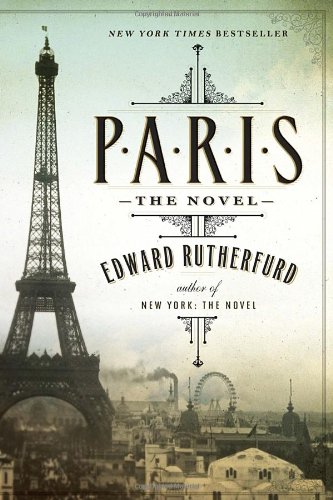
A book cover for Paris: The Novel; Edward Rutherfurd; Literature & Fiction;